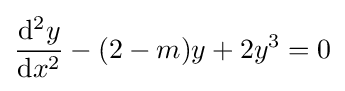
{\frac {\mathrm {d} ^{2}y}{\mathrm {d} x^{2}}}-(2-m)y+2y^{3}=0